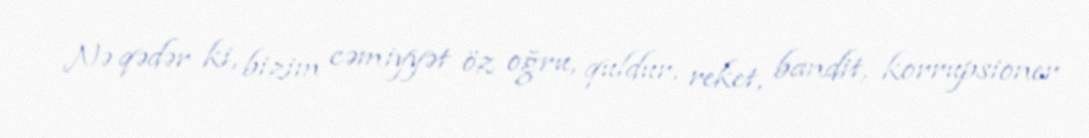
Nə qədər ki, bizim cəmiyyət öz oğru, quldur, reket, bandit, korrupsioner